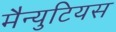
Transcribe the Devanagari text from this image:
मैन्युटियस